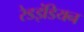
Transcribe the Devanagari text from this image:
रेडइंडियन